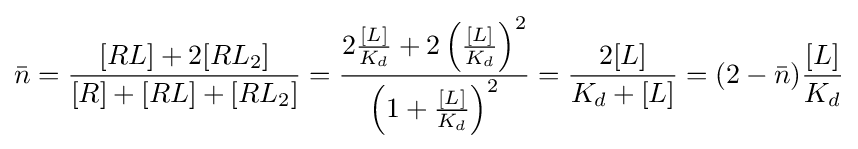
{\bar {n}}={\frac {[RL]+2[RL_{2}]}{[R]+[RL]+[RL_{2}]}}={\frac {2{\frac {[L]}{K_{d}}}+2\left({\frac {[L]}{K_{d}}}\right)^{2}}{\left(1+{\frac {[L]}{K_{d}}}\right)^{2}}}={\frac {2[L]}{K_{d}+[L]}}=(2-{\bar {n}}){\frac {[L]}{K_{d}}}